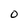
Character: 0